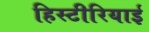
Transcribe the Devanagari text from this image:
हिस्टीरियाई